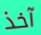
آخذ